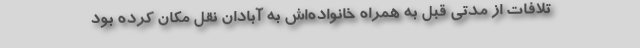
تلافات از مدتی قبل به همراه خانواده‌اش به آبادان نقل مکان کرده بود